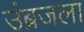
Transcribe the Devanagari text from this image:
उंब्रजला